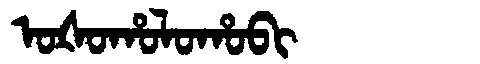
Manchu: ᠣᡧᠣᡥᠣᠯᠣᡥᠣᠪᡳ
Romanization: OŠOHOLOHOBI